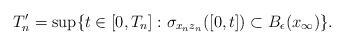
LaTeX: \begin{align*}T_n^\prime = \sup\{ t \in [0,T_n] : \sigma_{x_nz_n}([0,t]) \subset B_{\epsilon}(x_{\infty})\}.\end{align*}